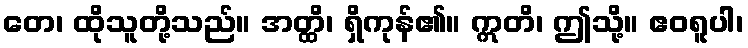
တေ၊ ထိုသူတို့သည်။ အတ္ထိ၊ ရှိကုန်၏။ ဣတိ၊ ဤသို့။ ဧဝရူပါ၊